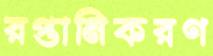
রপ্তানিকরণ